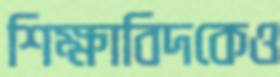
শিক্ষাবিদকেও